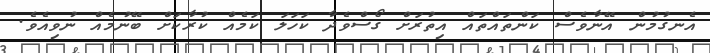
އެނގުމުން އޭނާވެސް ކަންތައްތައް އިތުރަށް ގޯސްވެދާ ކަހަލަ ކަމެއް ކުރާކަށް ބޭނުމެއް ނުވިއެވެ.